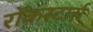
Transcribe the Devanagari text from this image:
रॉकस्टार्स